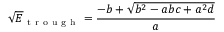
\sqrt { E } _ { \mathrm { ~ t ~ r ~ o ~ u ~ g ~ h ~ } } = \frac { - b + \sqrt { b ^ { 2 } - a b c + a ^ { 2 } d } } { a }